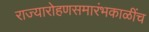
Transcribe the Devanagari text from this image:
राज्यारोहणसमारंभकाळींच